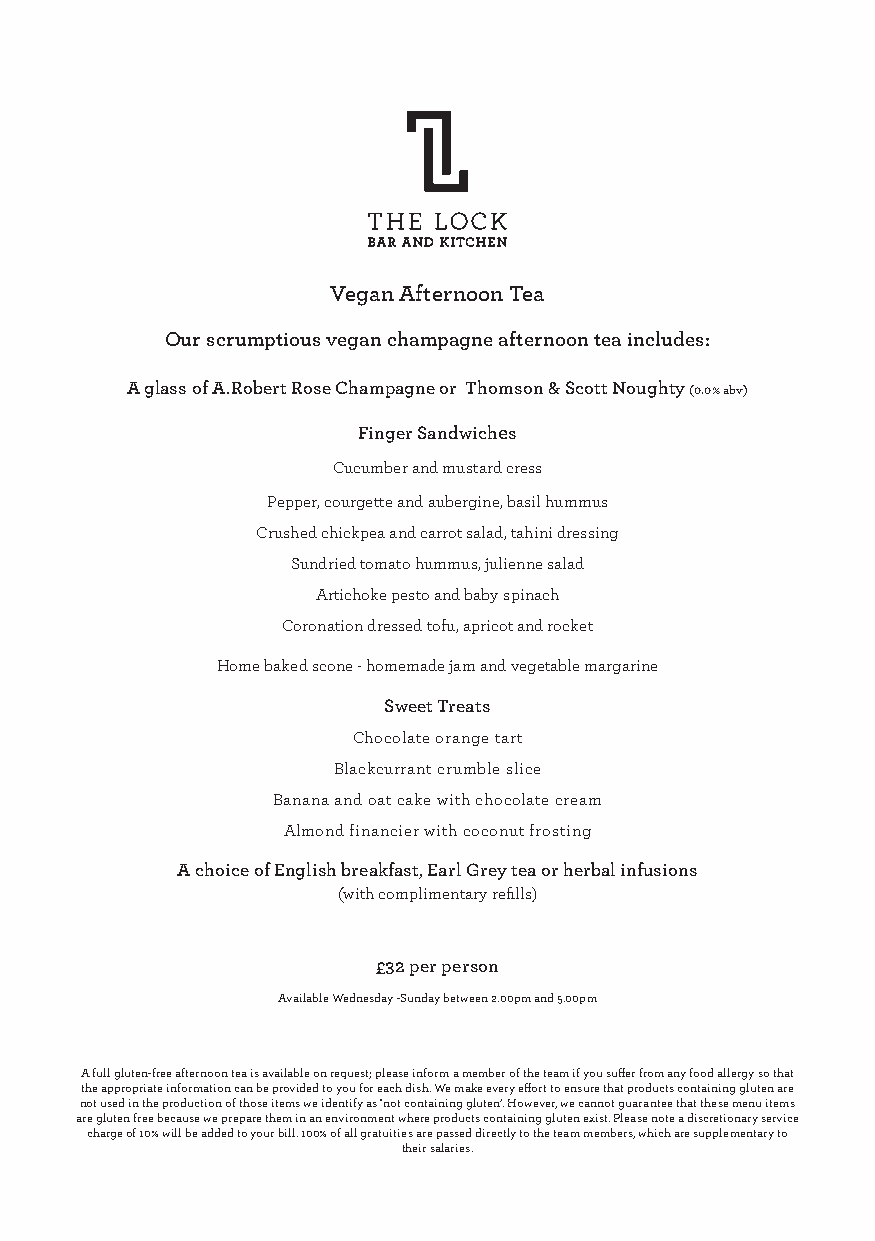
Vegan Afternoon Tea
 Our scrumptious vegan champagne afternoon tea includes:
 A glass of A.Robert Rose Champagne or Thomson & Scott Noughty (0.0% abv)
 Finger Sandwiches
 Cucumber and mustard cress
 Pepper, courgette and aubergine, basil hummus
 Crushed chickpea and carrot salad, tahini dressing
 Sundried tomato hummus, julienne salad
 Artichoke pesto and baby spinach
 Coronation dressed tofu, apricot and rocket
 Home baked scone - homemade jam and vegetable margarine
 Sweet Treats
 Chocolate orange tart
 Blackcurrant crumble slice
 Banana and oat cake with chocolate cream
 Almond financier with coconut frosting
 A choice of English breakfast, Earl Grey tea or herbal infusions
 (with complimentary refills)
 £32 per person
 Available Wednesday -Sunday between 2.00pm and 5.00pm
 A full gluten-free afternoon tea is available on request; please inform a member of the team if you suffer from any food allergy so that
 the appropriate information can be provided to you for each dish. We make every effort to ensure that products containing gluten are
 not used in the production of those items we identify as ‘not containing gluten’. However, we cannot guarantee that these menu items
 are gluten free because we prepare them in an environment where products containing gluten exist. Please note a discretionary service
 charge of 10% will be added to your bill. 100% of all gratuities are passed directly to the team members, which are supplementary to
 their salaries.